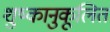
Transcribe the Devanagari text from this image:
शु्ष्कानुकूलित